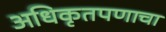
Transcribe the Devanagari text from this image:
अधिकृतपणाचा